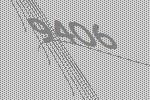
9406